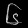
Digit: ၆